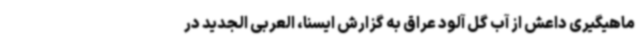
ماهیگیری داعش از آب گل آلود عراق به گزارش ایسنا، العربی الجدید در